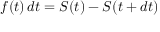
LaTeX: f ( t ) \, d t = S ( t ) - S ( t + d t )